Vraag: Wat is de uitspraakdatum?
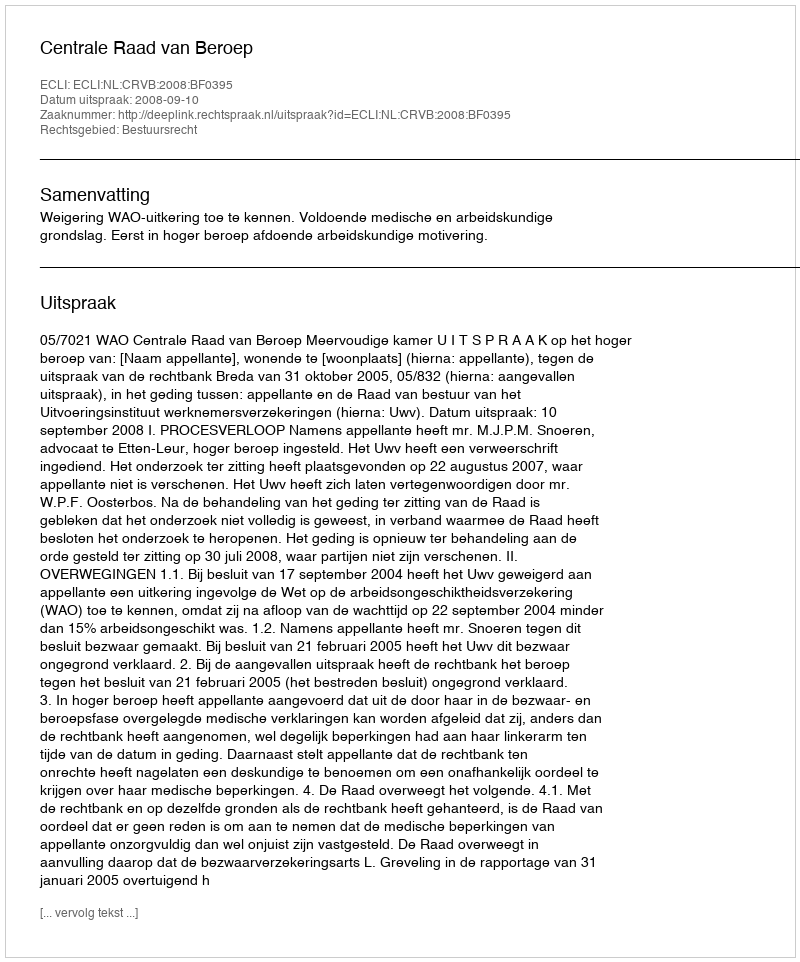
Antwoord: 2008-09-10